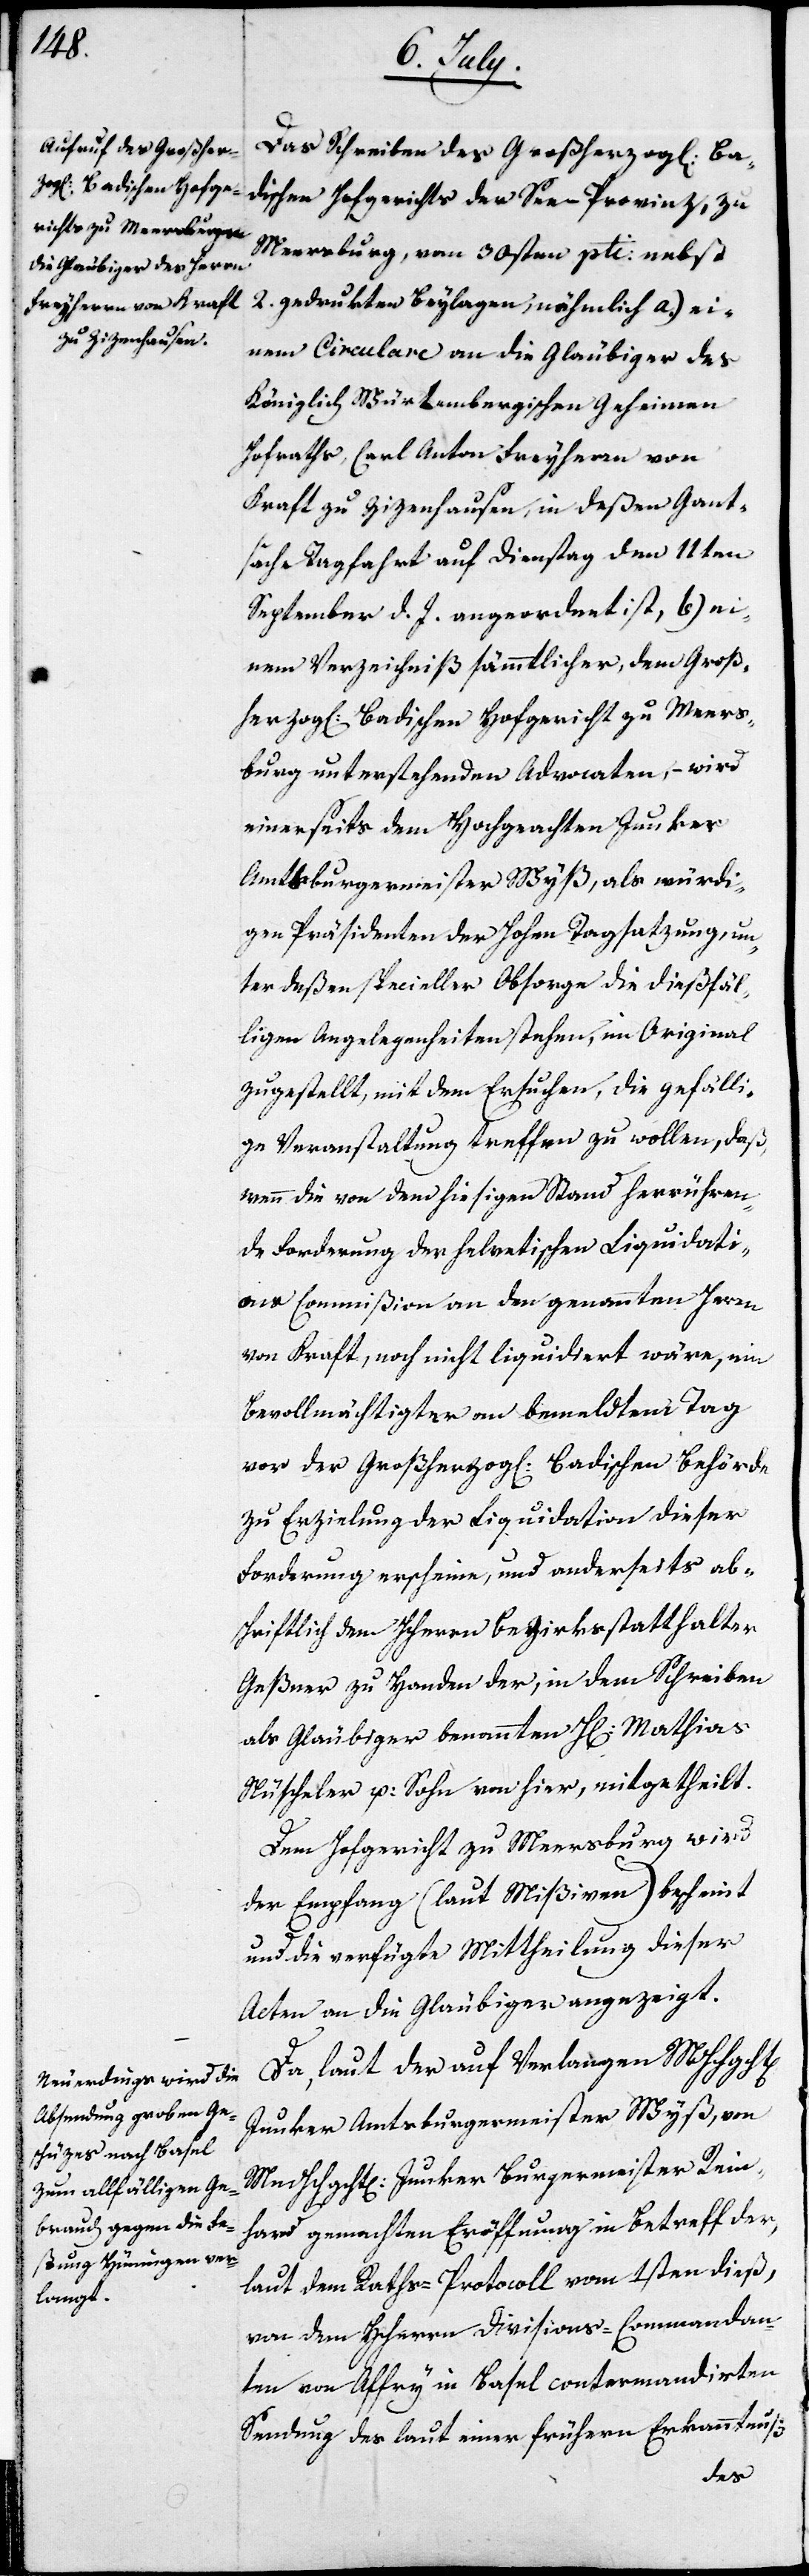
t[en]

Das Schreiben des Großherzog[lich] Ba¬
dischen Hofgerichts der See-Provinz, zu
Meersburg, vom 30sten pti: nebst
2. gedrukten Beylagen, nähmlich a.) ei¬
nem Circulare an die Gläubiger des
Königlich Würtembergischen Geheimen
Hofraths, Carl Anton Freyherr von
Kraft zu Zizenhausen, in deßen Gant¬
sache Tagfahrt auf Dienstag den 11ten
September d. J. angeordnet ist, b.) ei¬
nem Verzeichniß sämmtlicher, dem Groß¬
herzog[lich] Badischen Hofgericht zu Meers¬
burg unterstehenden Adovcaten, – wird
einerseits dem Hochgeachten Junker
Amtsburgermeister Wyß, als würdi¬
gen Präsidenten der Hohen Tagsatzung, un¬
ter deßen specieller Obsorge die dießfäl¬
ligen Angelegenheiten stehen, im Original
zugestellt, mit dem Ersuchen, die gefälli¬
ge Veranstaltung treffen zu wollen, daß
wenn die von dem hießigen Stand herrühren¬
de Forderung der helvetischen Liquidati¬
ons-Commißion an den genannten Herrn
von Kraft, noch nicht liquidiert wäre, ein
Bevollmächtigter an bemeldtem Tag
vor der Großherzog[lich] Badischen Behörde
zu Erzielung der Liquidation dieser
Forderung erscheine, und anderseits ab¬
schriftlich dem HHerrn Bezirksstatthalter
Geßner zu Handen der, in dem Schreiben
als Glaubiger benannten H. Mathias
Nüscheler und Sohn von hier, mitgetheilt.
Dem Hofgericht zu Meersburg wird
der Empfang (laut Mißiven) bescheint
und die verfügte Mittheilung dieser
Acten an die Gläubiger angezeigt.
Da, laut der auf Verlangen MHHchgch¬
Junker Amtsburgermeister Wyß, von
MmHchgcht[en] Junker Burgermeister Rein¬
hard gemachten Eröffnung in Betreff der,
laut dem Raths-Protocoll vom 1sten dieß,
von dem Herrn Divisions-Commandan¬
ten von Affry in Basel contermandierten
Sendung der laut einer frühern Erkanntnuß